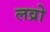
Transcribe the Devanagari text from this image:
लव्रो